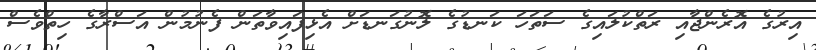
އިރުގެ އޮރެންޖާއި ރަތްކުލައިގެ ސަތަހަ ކަނޑުގެ ލޮނުގަނޑަށް އެޅިފައިވާތަން ފެނުމުން އަސްރާގެ ހިތްވެސް